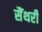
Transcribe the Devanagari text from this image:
सैंथरी